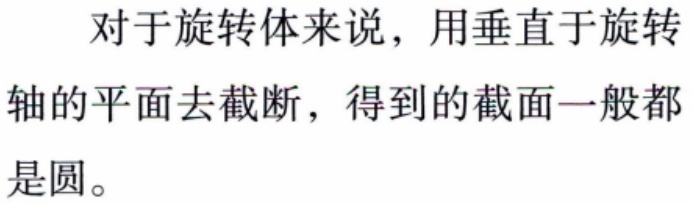
对于旋转体来说，用垂直于旋转轴的平面去截断，得到的截面一般都是圆。